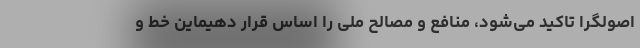
اصولگرا تاکید می‌شود، منافع و مصالح ملی را اساس قرار دهیماین خط و